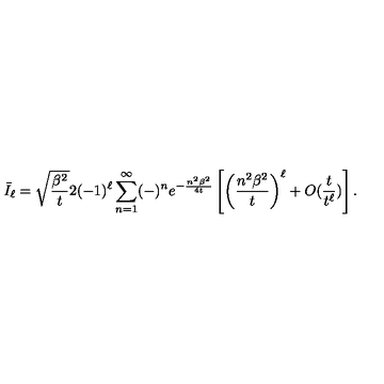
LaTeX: \bar { I } _ { \ell } = \sqrt { \frac { \beta ^ { 2 } } { t } } 2 ( - 1 ) ^ { \ell } \sum _ { n = 1 } ^ { \infty } ( - ) ^ { n } e ^ { - \frac { n ^ { 2 } \beta ^ { 2 } } { 4 t } } \left[ \left( \frac { n ^ { 2 } \beta ^ { 2 } } { t } \right) ^ { \ell } + O ( \frac { t } { t ^ { \ell } } ) \right] .